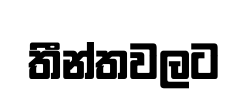
තීන්තවලට